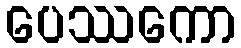
ပေဿကော